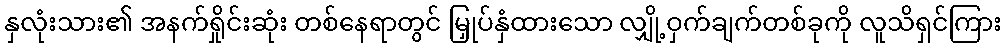
နှလုံးသား၏ အနက်ရှိုင်းဆုံး တစ်နေရာတွင် မြှုပ်နှံထားသော လျှို့ဝှက်ချက်တစ်ခုကို လူသိရှင်ကြား